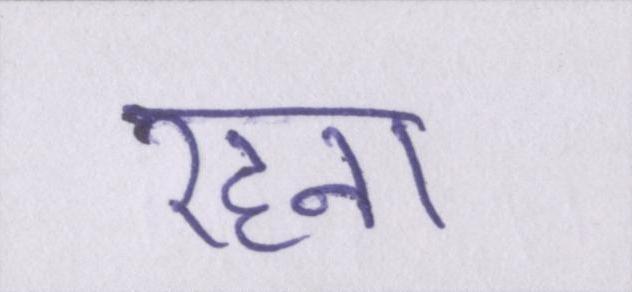
रहना